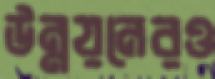
উন্নয়নেরও